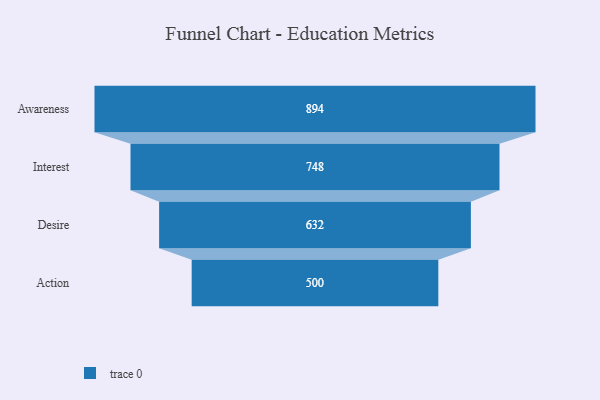
{"axis": {"x": "Stage", "y": "Value"}, "legend": [""], "data": [{"x": "Awareness", "y": 894.0, "type": ""}, {"x": "Interest", "y": 748.0, "type": ""}, {"x": "Desire", "y": 632.0, "type": ""}, {"x": "Action", "y": 500, "type": ""}]}